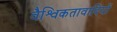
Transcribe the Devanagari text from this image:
वैश्विकतावादियों